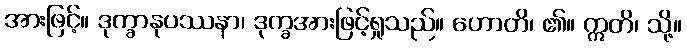
အားဖြင့်။ ဒုက္ခာနုပဿနာ၊ ဒုက္ခအားဖြင့်ရှုသည်။ ဟောတိ၊ ၏။ ဣတိ၊ သို့။